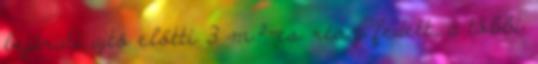
bejárati ajtó előtti 3 m²-es rész fedett, a többi